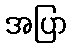
အပြာ